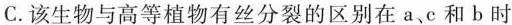
C.该生物与高等植物有丝分裂的区别在a、c和b时